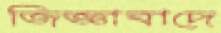
জিজ্ঞাবাদে